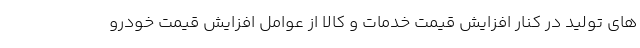
های تولید در کنار افزایش قیمت خدمات و کالا از عوامل افزایش قیمت خودرو